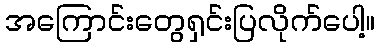
အကြောင်းတွေရှင်းပြလိုက်ပေါ့။